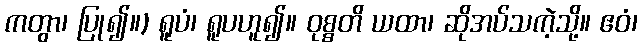
ကတွာ၊ ပြု၍။) ရူပံ၊ ရူပဟူ၍။ ဝုစ္စတိ ယထာ၊ ဆိုအပ်သကဲ့သို့။ ဧဝံ၊